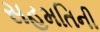
સહમતિની